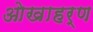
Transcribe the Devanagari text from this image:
ओखाहर्ण